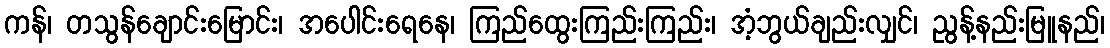
ကန်၊ တသွန်ချောင်းမြောင်း၊ အပေါင်းရေနေ၊ ကြည်ထွေးကြည်းကြည်း၊ အံ့ဘွယ်ချည်းလျှင်၊ ညွန့်နည်းမြူနည်၊